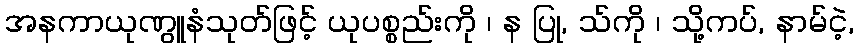
အနကာယုဏွူနံသုတ်ဖြင့် ယုပစ္စည်းကို ၊ န ပြု, သ်ကို ၊ သို့ကပ်, နာမ်ငဲ့,